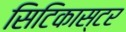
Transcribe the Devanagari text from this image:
सिटिकास्टर